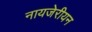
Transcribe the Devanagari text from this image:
नायजेरीयन